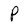
Character: P